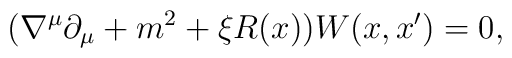
(\nabla^{\mu}\partial_{\mu}+m^2 +\xi R(x))W(x,x')=0  ,